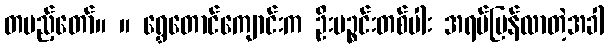
တပည့်တော်။ ။ ရွှေတောင်ကျောင်းက ဦးပဉ္စင်းတစ်ပါး အရပ်ပြန်လာတဲ့အခါ